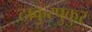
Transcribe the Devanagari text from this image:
ठाकुरपुकुर